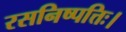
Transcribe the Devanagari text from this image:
रसनिष्पत्तिः।